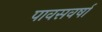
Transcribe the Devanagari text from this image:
पावसवर्षा